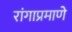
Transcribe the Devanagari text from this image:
रांगाप्रमाणे